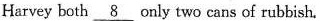
Harvey both \underline{8} only two cans of rubbish.